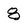
Character: 8